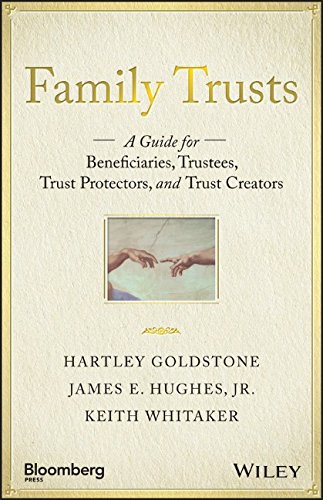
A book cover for Family Trusts: A Guide for Beneficiaries, Trustees, Trust Protectors, and Trust Creators (Bloomberg); Hartley Goldstone; Business & Money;